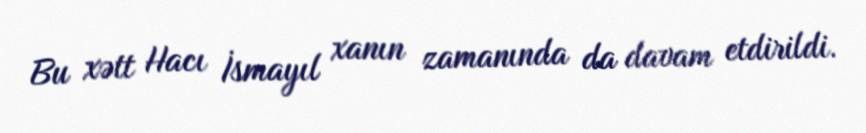
Bu xətt Hacı İsmayıl xanın zamanında da davam etdirildi.